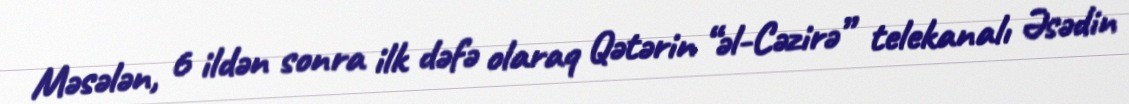
Məsələn, 6 ildən sonra ilk dəfə olaraq Qətərin “əl-Cəzirə” telekanalı Əsədin